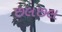
છલછલ